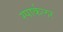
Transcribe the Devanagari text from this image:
स्पार्कलर